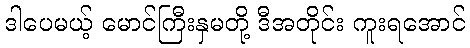
ဒါပေမယ့် မောင်ကြီးနှမတို့ ဒီအတိုင်း ကူးရအောင်